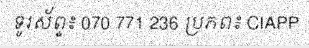
ទូរស័ព្ទ៖ 070 771 236 ប្រភព៖ CIAPP